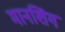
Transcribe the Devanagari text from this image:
मानशिंग